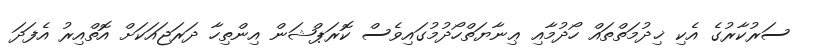
ސަރުކާރުގެ އެކި ޚިދުމަތްތައް ހޯދުމާއި ޢިނާޔަތްހޯދުމުގައިވެސް ކޮރަޕްޝަން އިންތިހާ ދަރަޖައަކަށް އޮތްއިރު އެފަދަ